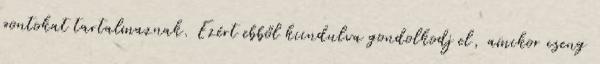
pontokat tartalmaznak. Ezért ebből kiindulva gondolkodj el, amikor cseng